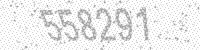
Solution: 558291